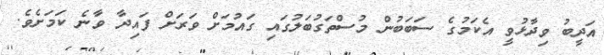
އަދީބު ވިދާޅުވީ އެކަމުގެ ސަބަބުން މުސްތަގުބަލުގައި ގައުމަށް ވަރަށް ފައިދާ ވާނެ ކަމަށެވެ.